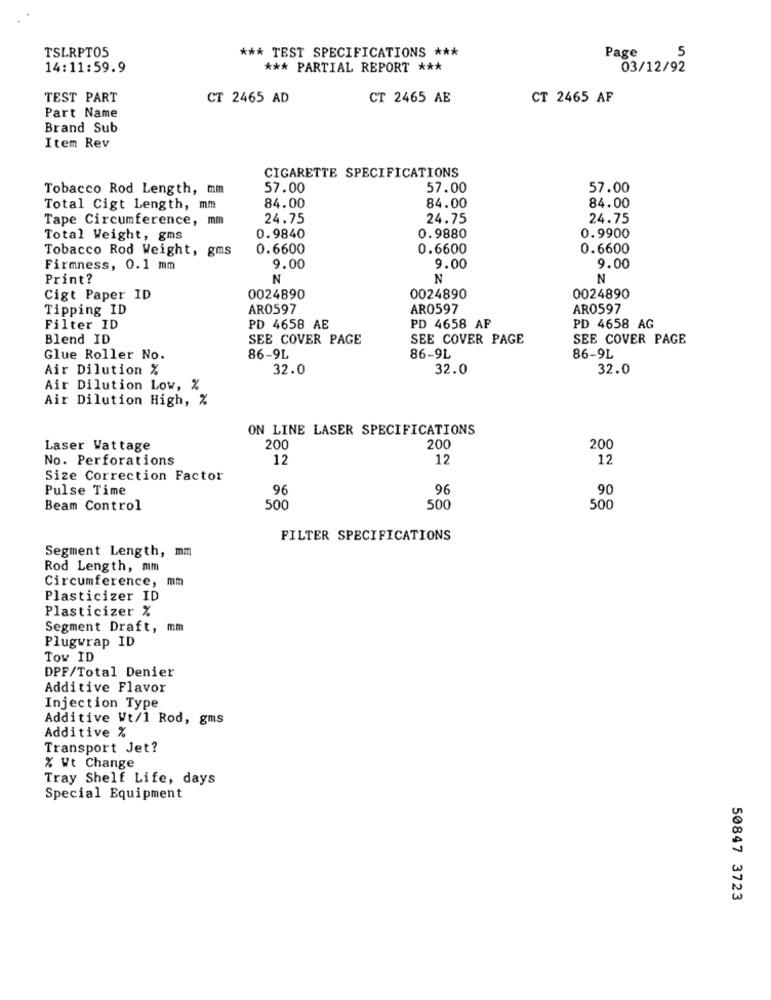
TSLRPT05
*** TEST SPECIFICATIONS ***
Page
5
14:11:59.9
*** PARTIAL REPORT ***
03/12/92
TEST PART
CT 2465 AD
CT 2465 AE
CT 2465 AF
Part Name
Brand Sub
Item Rev
CIGARETTE SPECIFICATIONS
Tobacco Rod Length, mm
57.00
57.00
57.00
84.00
Total Cigt Length, mm
84.00
84.00
Tape Circumference, mm
24.75
24.75
24.75
Total Weight, gms
0.9840
0.9880
0.9900
Tobacco Rod Weight, gms
0.6600
0.6600
0.6600
Firmness, 0.1 mm
9.00
9.00
9.00
Print?
N
N
N
Cigt Paper ID
0024890
0024890
0024890
Tipping ID
AR0597
AR0597
AR0597
Filter ID
PD 4658 AE
PD 4658 AF
PD 4658 AG
Blend ID
SEE COVER PAGE
SEE COVER PAGE
SEE COVER PAGE
Glue Roller No.
86-9L
86-9L
86-9L
Air Dilution %
32.0
32.0
32.0
Air Dilution Low, %
Air Dilution High, %
ON LINE LASER SPECIFICATIONS
Laser Wattage
200
200
200
No. Perforations
12
12
12
Size Correction Factor
Pulse Time
96
96
90
Beam Control
500
500
500
FILTER SPECIFICATIONS
Segment Length, mm
Rod Length, mm
Circumference, mm
Plasticizer ID
Plasticizer %
Segment Draft, mm
Plugwrap ID
TOw ID
DPF/Total Denier
Additive Flavor
Injection Type
Additive Wt/1 Rod, gms
Additive %
Transport Jet?
% Wt Change
Tray Shelf Life, days
Special Equipment
50847 3723